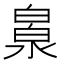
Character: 𣹻